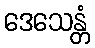
ဒေသေန္တံ